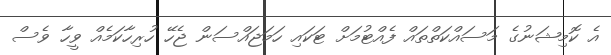
އެ ކޮމިޝަނުގެ މަސައްކަތްތައް ފެއްޓުމަށް ޓަކައި ހަމަޖައްސަން ޖެހޭ ހުރިހާކަމެއް ވީހާ ވެސް